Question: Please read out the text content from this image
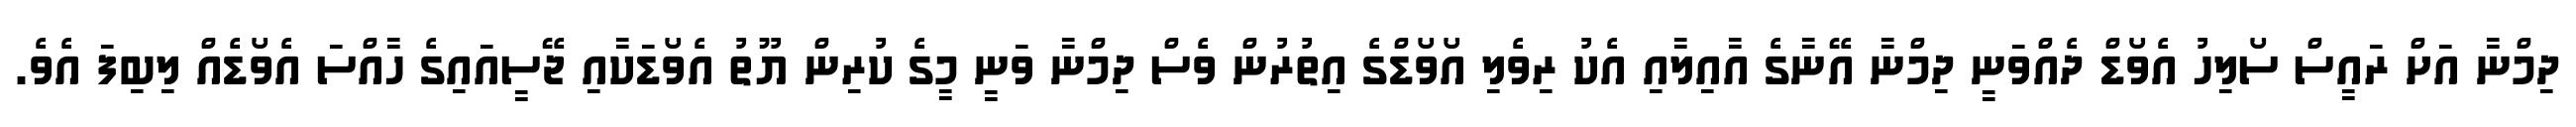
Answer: ދިމްނާ އަށް ރައީސް ސޯލިހު އެވޯޑް ދެއްވަނީ ދިމްނާ އޭނާގެ އާއިލާއި އެކު ރިވެލި އޯވޯޑްގެ އިތުރުން ވެސް ދިމްނާ ވަނީ މީގެ ކުރިން ޔޫތު އެވޯޑަކާއި ޖޭސީއައިގެ ހާއްސަ އެވޯޑެއް ލިބިފަ އެވެ.